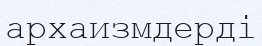
архаизмдерді